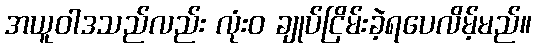
အယူဝါဒသည်လည်း လုံးဝ ချုပ်ငြိမ်းခဲ့ရပေလိမ့်မည်။